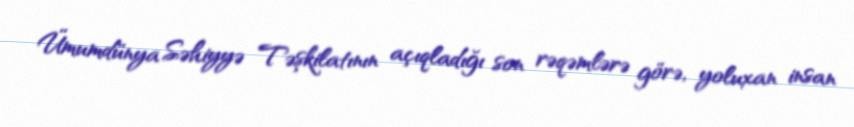
Ümumdünya Səhiyyə Təşkilatının açıqladığı son rəqəmlərə görə, yoluxan insan